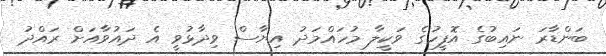
ބަންޑާރަ ނައިބުގެ އޮފީހުގެ ވަކީލާ މުހައްމަދު އިޔާސް ވިދާޅުވީ އެ ދައުވާއަށް ރައްދު